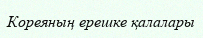
Кореяның ерешке қалалары